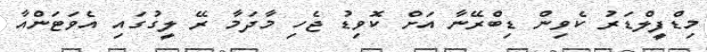
މިޑްފީލްޑަރު ކެވިން ޑިބްރޭނާ އަށް ކޮވިޑު ޖެހި މާދަމާ ރޭ ލީގުގައި އެވަޓަންއާ